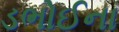
ડભોઈના